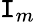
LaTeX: \mathtt{I}_{m}